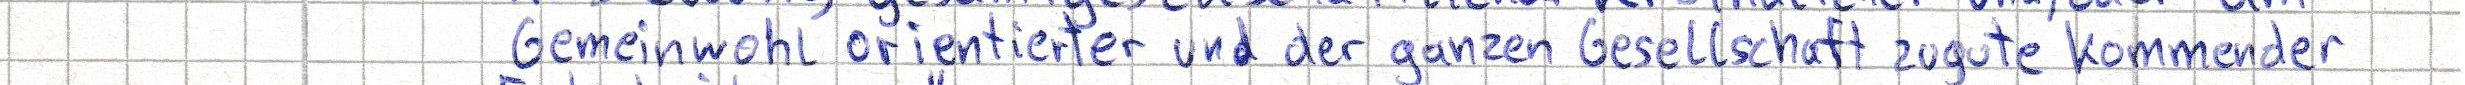
Gemeinwohl orientierter und der ganzen Gesellschaft zugute kommender